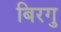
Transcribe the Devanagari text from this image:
बिरगु